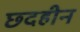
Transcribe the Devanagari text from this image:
छदहीन